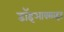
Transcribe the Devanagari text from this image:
डॉइआक्साइड